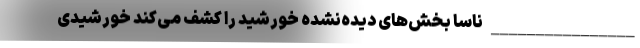
________________ ناسا بخش‌های دیده‌نشده خورشید را کشف می‌کند خورشیدی